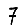
Digit: 7